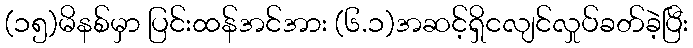
(၁၅)မိနစ်မှာ ပြင်းထန်အင်အား (၆.၁)အဆင့်ရှိငလျင်လှုပ်ခတ်ခဲ့ပြီး